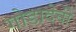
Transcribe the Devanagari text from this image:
गोडादेवी